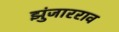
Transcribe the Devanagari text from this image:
झुंजारराव